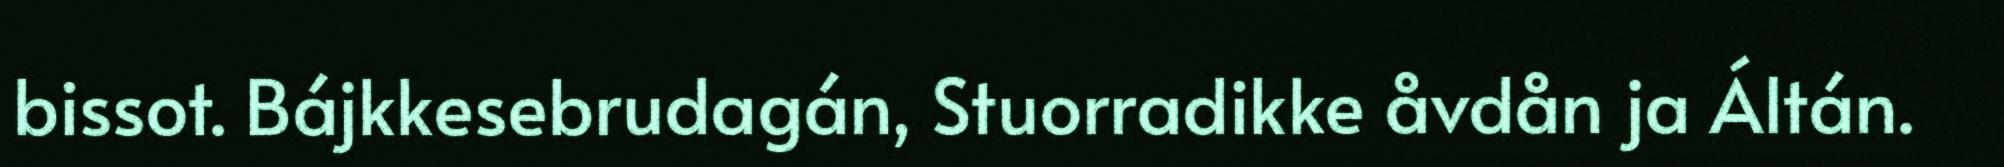
bissot. Bájkkesebrudagán, Stuorradikke åvdån ja Áltán.